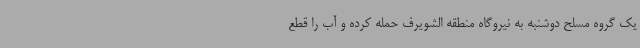
یک گروه مسلح دوشنبه به نیروگاه منطقه الشویرف حمله کرده و آب را قطع